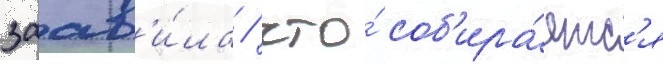
заав'и́ла / что́ соб'ира́етс'я